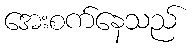
အေးစက်နေသည်